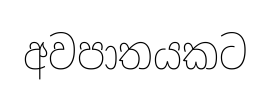
අවපාතයකට